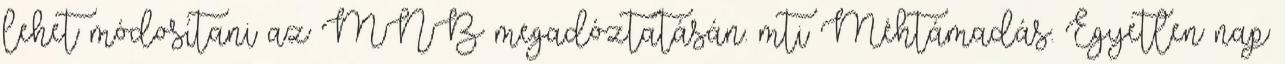
lehet módosítani az MNB megadóztatásán. mti Méhtámadás. Egyetlen nap